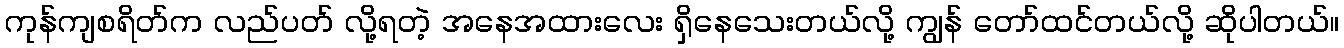
ကုန်ကျစရိတ်က လည်ပတ် လို့ရတဲ့ အနေအထားလေး ရှိနေသေးတယ်လို့ ကျွန် တော်ထင်တယ်လို့ ဆိုပါတယ်။